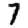
Digit: 7